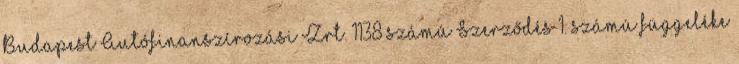
Budapest Autófinanszírozási Zrt. 1138 számú Szerződés 1. számú függeléke